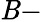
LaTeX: \mathit{B}-